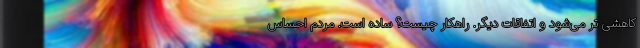
کاهشی تر می‌شود و اتفاقات دیگر. راهکار چیست؟ ساده است. مردم احساس